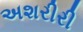
અશરીરી